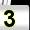
Digit: 3